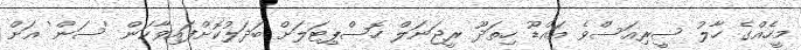
މީހެއްގެ ހާލު ސީރިއަސްވެ އައްޑޫ ހިތަދޫ ރީޖަނަލް ހޮސްޕިޓަލަށް ބަދަލުކޮށްފައިވާކަން 'ސަން' އަށް